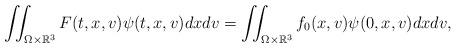
LaTeX: \begin{align*} \iint_{\Omega\times\mathbb{R}^3} F(t,x,v)\psi(t,x,v) dxdv = \iint_{\Omega\times\mathbb{R}^3} f_0(x,v)\psi(0,x,v) dxdv, \end{align*}